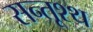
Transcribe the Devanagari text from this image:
सन्तूश्थ